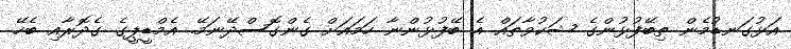
އަޅުގަނޑުމެން ތިބޭފުޅުންގެ ޝަކުވާތައް އެ ބޭފުޅުންނާ ހަމައަށް ގެންގޮސްދޭނަމޭ. އެމްޑީޕީގެ ގެދޮރާއި ބެހޭ